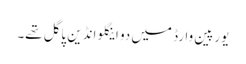
یورپین وارڈ میں دو اینگلو انڈین پاگل تھے۔